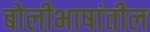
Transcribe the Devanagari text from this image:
बोलीभाषांतील